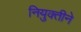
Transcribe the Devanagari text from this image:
नियुक्तीने